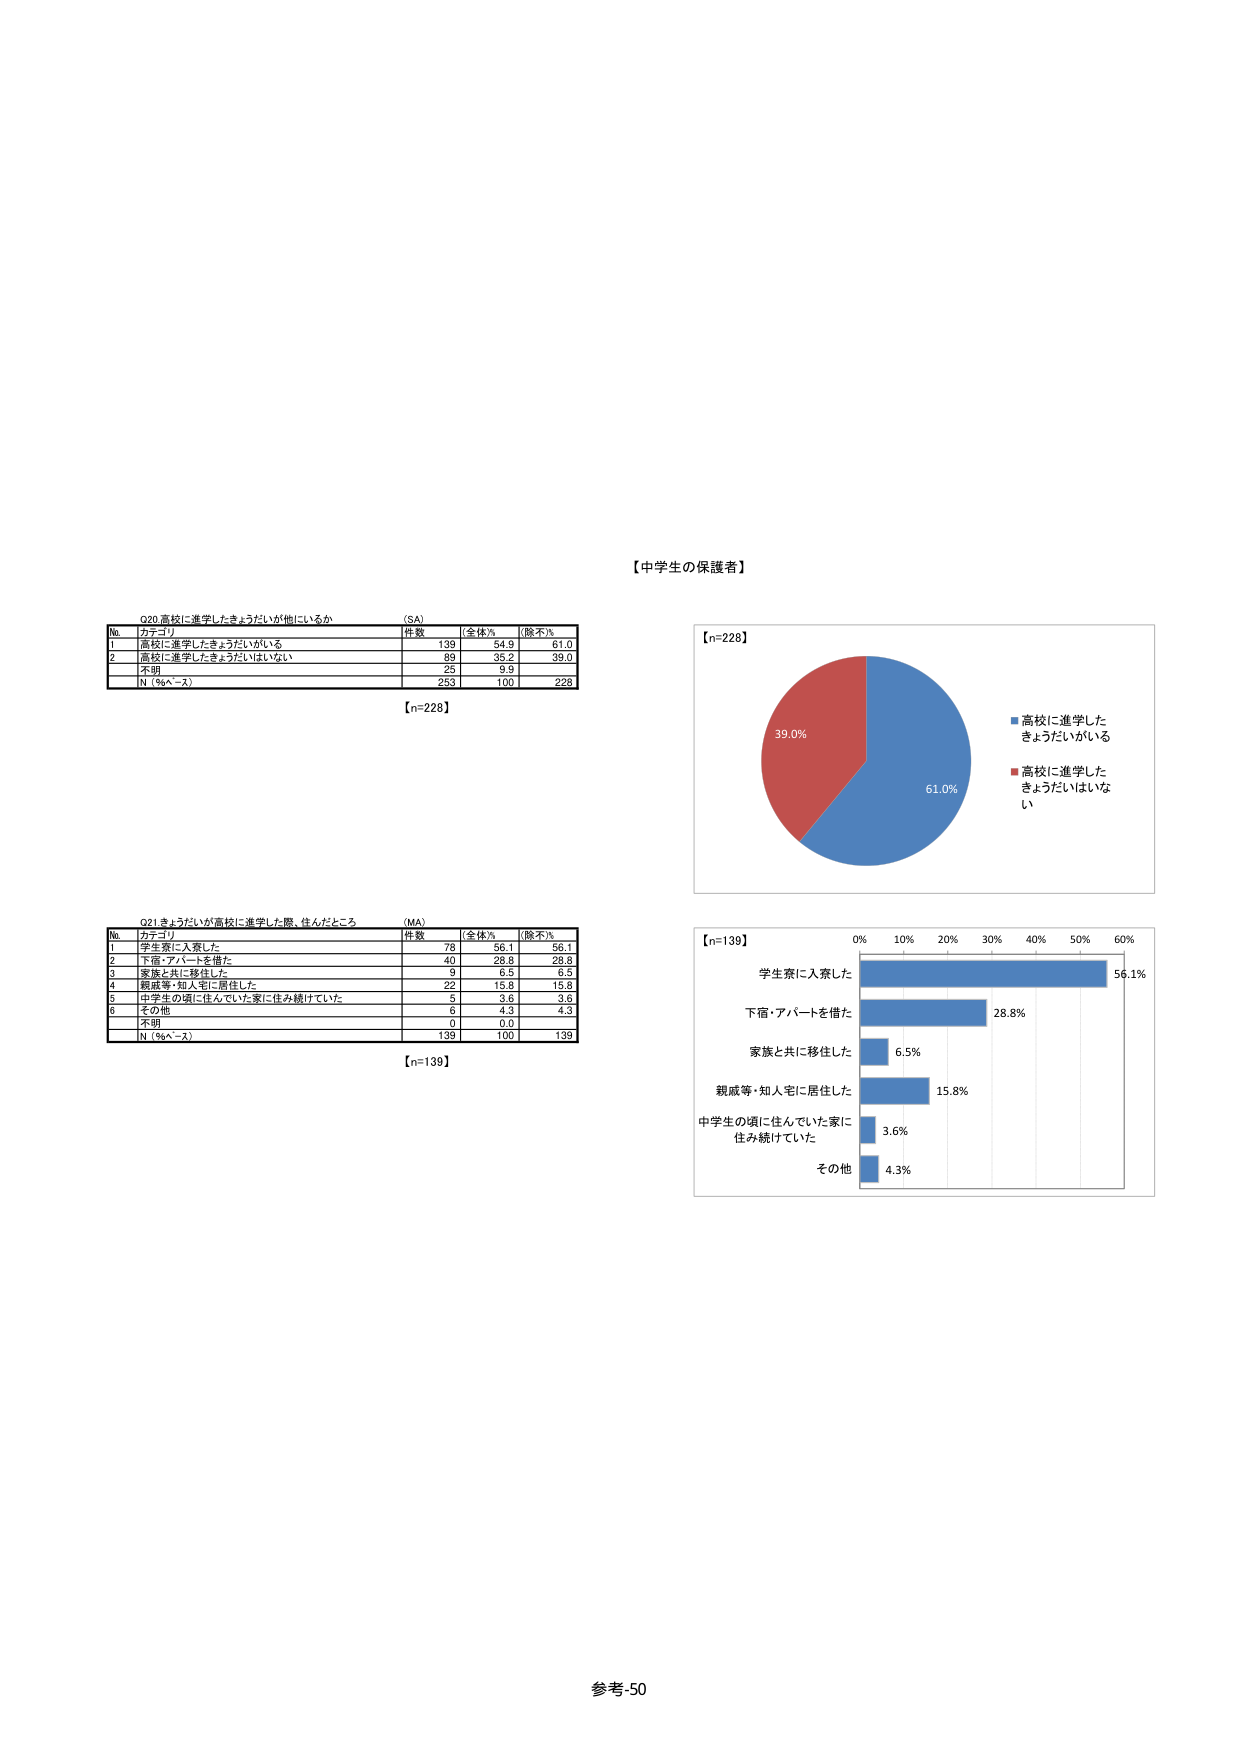
【中学生の保護者】

Q20 高校に進学したきょうだいが他にいるか （SA）
No. カテゴリ 件数 全体% 除不%
1 高校に進学したきょうだいがいる 139 54.9 61.0
2 高校に進学したきょうだいはいない 89 35.2 39.0
3 不明 25 9.9
N（36～2） 253 100 228
【n=228】

Q21 きょうだいが高校に進学した際、住んだところ （MA）
No. カテゴリ 件数 全体% 除不%
1 学生寮に入寮した 78 56.1 56.1
2 下宿・アパートを借た 40 28.8 28.8
3 家族と共に移住した 9 6.5 6.5
4 親戚等・知人宅に居住した 22 15.8 15.8
5 中学生の頃に住んでいた家に住み続けていた 5 3.6 3.6
6 その他 6 4.3 4.3
7 不明 0 0.0
N（36～2） 139 100 139
【n=139】

【n=228】
■ 高校に進学したきょうだいがいる 61.0%
■ 高校に進学したきょうだいはいない 39.0%

【n=139】
学生寮に入寮した 56.1%
下宿・アパートを借た 28.8%
家族と共に移住した 6.5%
親戚等・知人宅に居住した 15.8%
中学生の頃に住んでいた家に住み続けていた 3.6%
その他 4.3%

参考-50